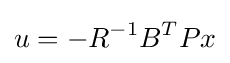
u=-R^{-1}B^{T}Px